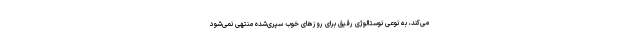
می‌کند، به نوعی نوستالوژی رقیق برای روزهای خوبِ سپری‌شده منتهی نمی‌شود